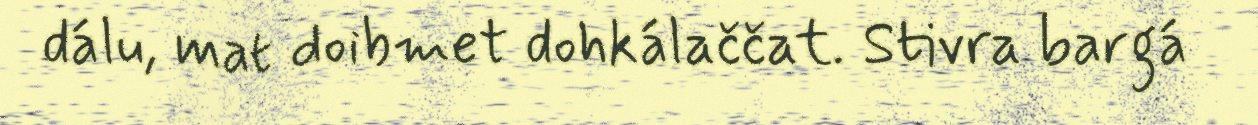
dálu, mat doibmet dohkálaččat. Stivra bargá